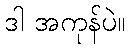
ဒါ အကုန်ပဲ။